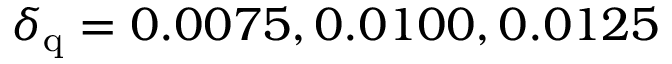
\delta _ { \mathrm { q } } = 0 . 0 0 7 5 , 0 . 0 1 0 0 , 0 . 0 1 2 5